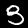
Label: 3